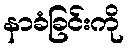
နာခံခြင်းကို